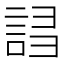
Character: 𧧠